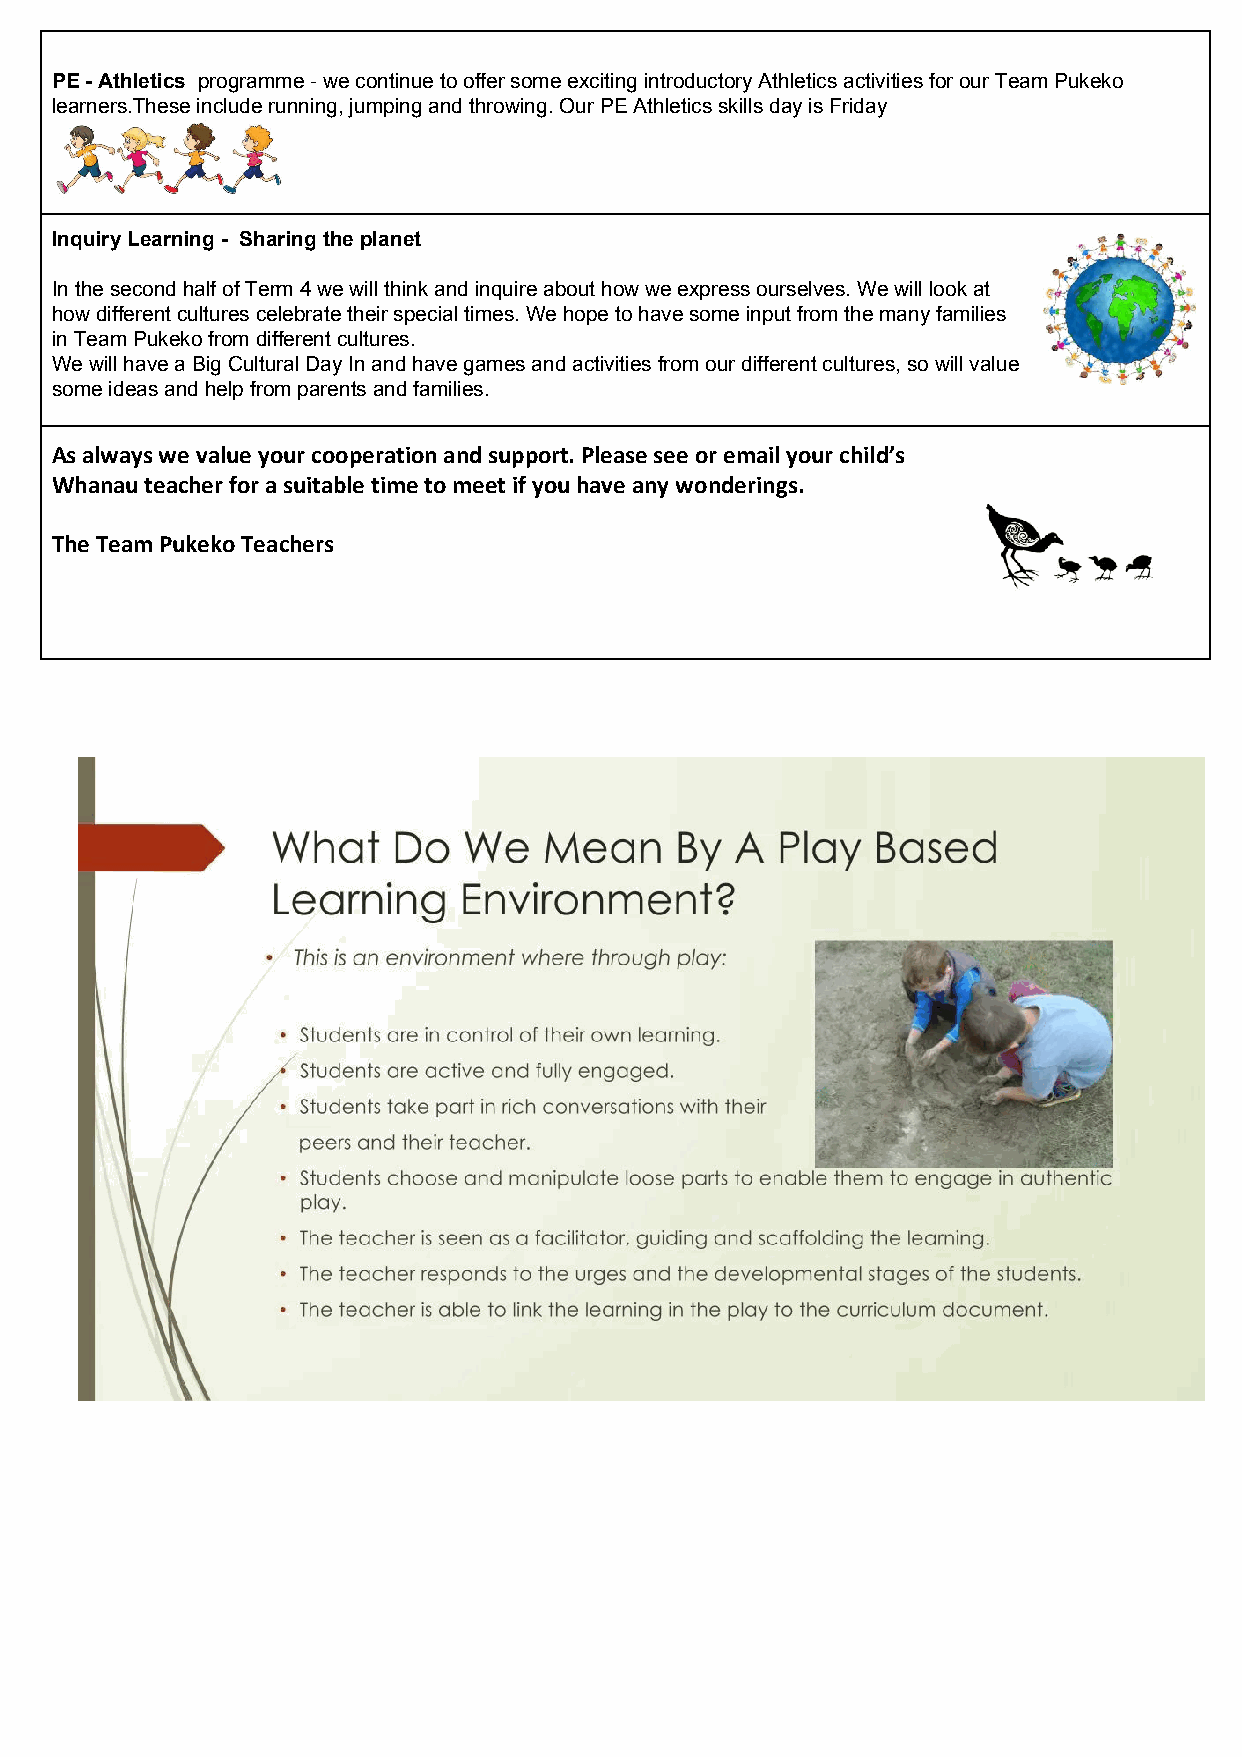
PE - Athletics programme - we continue to offer some exciting introductory Athletics activities for our Team Pukeko
 ​​
 learners.These include running, jumping and throwing. Our PE Athletics skills day is Friday
 Inquiry Learning - Sharing the planet
 In the second half of Term 4 we will think and inquire about how we express ourselves. We will look at
 how different cultures celebrate their special times. We hope to have some input from the many families
 in Team Pukeko from different cultures.
 We will have a Big Cultural Day In and have games and activities from our different cultures, so will value
 some ideas and help from parents and families.
 As always we value your cooperation and support. Please see or email your child’s
 Whanau teacher for a suitable time to meet if you have any wonderings.
 The Team Pukeko Teachers